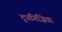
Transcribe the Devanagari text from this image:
ट्युनिज़िया